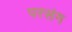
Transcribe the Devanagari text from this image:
परसंग